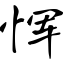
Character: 恽